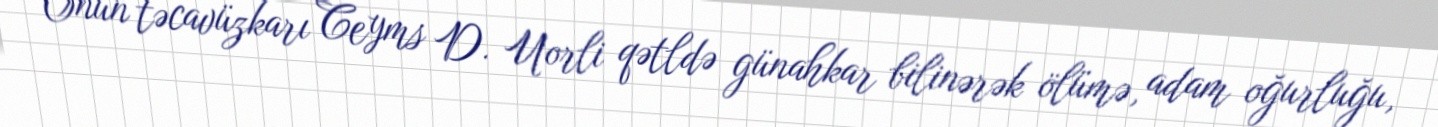
Onun təcavüzkarı Ceyms D. Uorli qətldə günahkar bilinərək ölümə, adam oğurluğu,